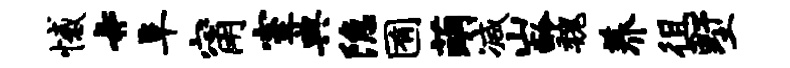
憾#阜甯室典隐囿萌减山龄魏养徂墅